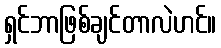
ရှင်ဘာဖြစ်ချင်တာလဲဟင်။